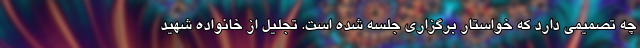
چه تصمیمی دارد که خواستار برگزاری جلسه شده است. تجلیل از خانواده شهید